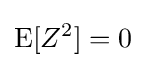
\operatorname {E} [Z^{2}]=0